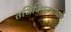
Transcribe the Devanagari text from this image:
तजिकिस्तनाच्या